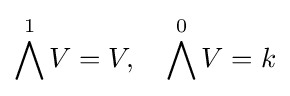
\bigwedge ^{1}V=V,\quad \bigwedge ^{0}V=k